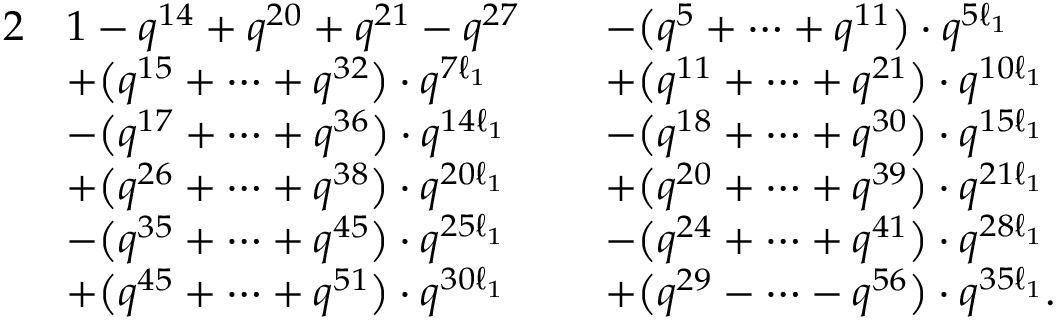
\begin{array} { r l r l } { { 2 } } & { 1 - q ^ { 1 4 } + q ^ { 2 0 } + q ^ { 2 1 } - q ^ { 2 7 } } & & { - \bigl ( q ^ { 5 } + \dots + q ^ { 1 1 } \bigr ) \cdot q ^ { 5 \ell _ { 1 } } } \\ & { + \bigl ( q ^ { 1 5 } + \dots + q ^ { 3 2 } \bigr ) \cdot q ^ { 7 \ell _ { 1 } } } & & { + \bigl ( q ^ { 1 1 } + \dots + q ^ { 2 1 } \bigr ) \cdot q ^ { 1 0 \ell _ { 1 } } } \\ & { - \bigl ( q ^ { 1 7 } + \dots + q ^ { 3 6 } \bigr ) \cdot q ^ { 1 4 \ell _ { 1 } } } & & { - \bigl ( q ^ { 1 8 } + \dots + q ^ { 3 0 } \bigr ) \cdot q ^ { 1 5 \ell _ { 1 } } } \\ & { + \bigl ( q ^ { 2 6 } + \dots + q ^ { 3 8 } \bigr ) \cdot q ^ { 2 0 \ell _ { 1 } } } & & { + \bigl ( q ^ { 2 0 } + \dots + q ^ { 3 9 } \bigr ) \cdot q ^ { 2 1 \ell _ { 1 } } } \\ & { - \bigl ( q ^ { 3 5 } + \dots + q ^ { 4 5 } \bigr ) \cdot q ^ { 2 5 \ell _ { 1 } } } & & { - \bigl ( q ^ { 2 4 } + \dots + q ^ { 4 1 } \bigr ) \cdot q ^ { 2 8 \ell _ { 1 } } } \\ & { + \bigl ( q ^ { 4 5 } + \dots + q ^ { 5 1 } \bigr ) \cdot q ^ { 3 0 \ell _ { 1 } } } & & { + \bigl ( q ^ { 2 9 } - \dots - q ^ { 5 6 } \bigr ) \cdot q ^ { 3 5 \ell _ { 1 } } . } \end{array}